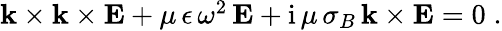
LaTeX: \begin{array}{r}{{\mathbf{k}}\times{\mathbf{k}}\times{\mathbf{E}}+\mu\, \epsilon\, \omega^{2}\, {\mathbf{E}}+\mathrm{i}\, \mu\, \sigma_{B}\, {\mathbf{k}}\times{\mathbf{E}}=0\; .}\end{array}